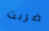
ضربت